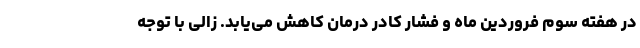
در هفته سوم فروردین ماه و فشار کادر درمان کاهش می‌یابد. زالی با توجه